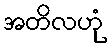
အတိလဟုံ